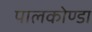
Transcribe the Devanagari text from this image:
पालकोण्डा